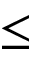
\leq